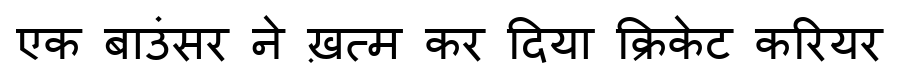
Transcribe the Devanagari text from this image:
एक बाउंसर ने ख़त्म कर दिया क्रिकेट करियर